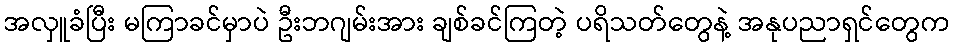
အလှူခံပြီး မကြာခင်မှာပဲ ဦးဘဂျမ်းအား ချစ်ခင်ကြတဲ့ ပရိသတ်တွေနဲ့ အနုပညာရှင်တွေက